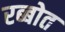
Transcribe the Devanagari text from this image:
रब्बोत